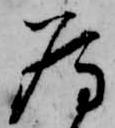
為